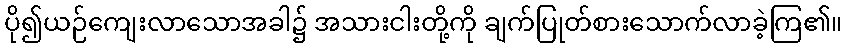
ပို၍ယဉ်ကျေးလာသောအခါ၌ အသားငါးတို့ကို ချက်ပြုတ်စားသောက်လာခဲ့ကြ၏။